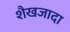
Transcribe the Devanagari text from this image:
शैखजादा